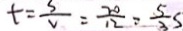
t = \frac { s } { v } = \frac { 2 0 } { 1 2 } = \frac { 5 } { 3 } s